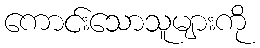
ကောင်းသောသူများကို